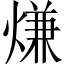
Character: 熑